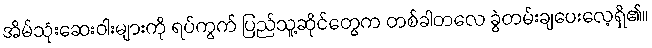
အိမ်သုံးဆေးဝါးများကို ရပ်ကွက် ပြည်သူ့ဆိုင်တွေက တစ်ခါတလေ ခွဲတမ်းချပေးလေ့ရှိ၏။